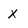
Character: x